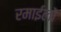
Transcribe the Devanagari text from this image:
रमाईलो